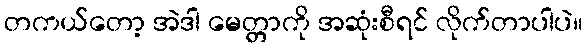
တကယ်တော့ အဲဒါ မေတ္တာကို အဆုံးစီရင် လိုက်တာပါပဲ။